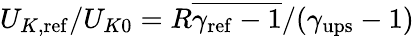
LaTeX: U_{K,\mathrm{{ref}}}/U_{K0}=R\overline{{\gamma_{\mathrm{ref}}-1}}/(\gamma_{\mathrm{{ups}}}-1)